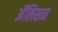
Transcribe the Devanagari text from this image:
अॅलिसन